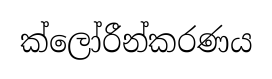
ක්ලෝරීන්කරණය